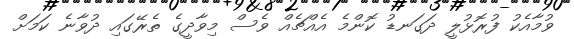
ވުމާއެކު ފުރޮޅުލީ ދަގަނޑު ކޮންމެ އެއްޗެއް ވެސް މިވާދީގެ ތެރޭގައި ދުވާނެ ކަމަށް